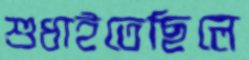
শুধাইতেছিলে